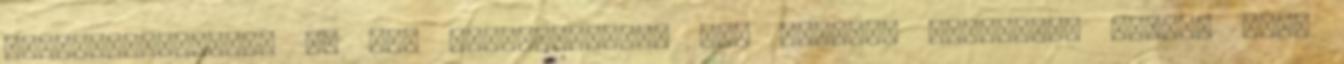
könyvbemutatója, én meg természetesen nem akartam lemaradni arról, hogy